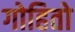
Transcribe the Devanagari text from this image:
गोहितो